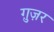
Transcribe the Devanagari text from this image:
ग़ुज़र